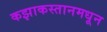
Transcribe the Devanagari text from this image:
कझाकस्तानमधून